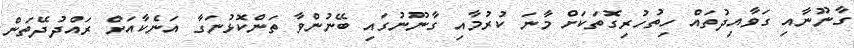
ގާނޫނާއި ގަވާއިދުތައް ހިތުހުރިގޮތަކަށް މާނަ ކުރުމާއި ގާނޫނުގައި ބޭނުންވާ ތަންކޮޅުނަގާ އަނެކާއަށް ރައްދުދޭތަން